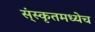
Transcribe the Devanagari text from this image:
स्ंस्कृतमध्येच